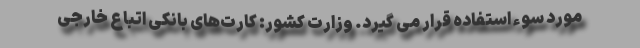
مورد سوء استفاده قرار می گیرد. وزارت کشور: کارت‌های بانکی اتباع خارجی